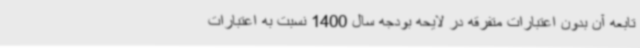
تابعه آن بدون اعتبارات متفرقه در لایحه بودجه سال 1400 نسبت به اعتبارات